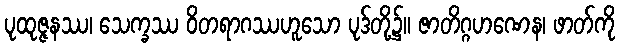
ပုထုဇ္ဇနဿ၊ သေက္ခဿ ဝိတရာဂဿဟူသော ပုဒ်တို့၌။ ဇာတိဂ္ဂဟဏေန၊ ဖာတ်ကို